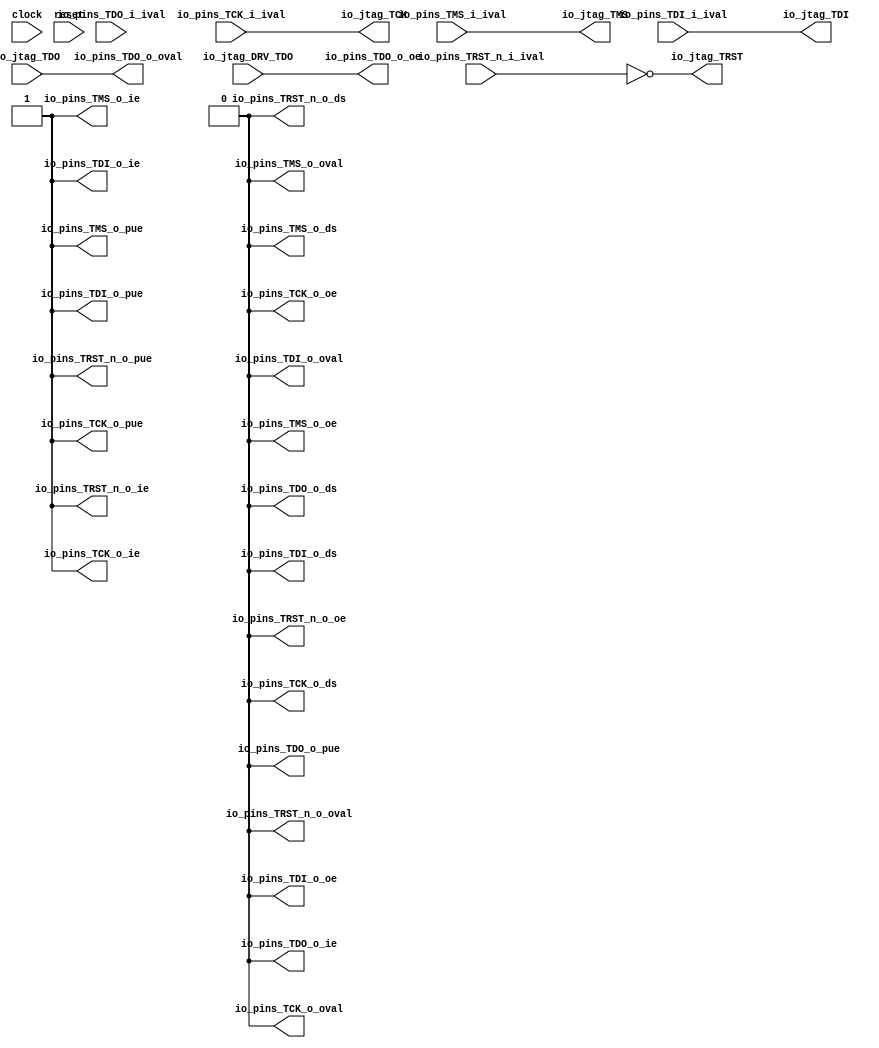
module sirv_jtaggpioport(
  input   clock,
  input   reset,
  output  io_jtag_TCK,
  output  io_jtag_TMS,
  output  io_jtag_TDI,
  input   io_jtag_TDO,
  output  io_jtag_TRST,
  input   io_jtag_DRV_TDO,
  input   io_pins_TCK_i_ival,
  output  io_pins_TCK_o_oval,
  output  io_pins_TCK_o_oe,
  output  io_pins_TCK_o_ie,
  output  io_pins_TCK_o_pue,
  output  io_pins_TCK_o_ds,
  input   io_pins_TMS_i_ival,
  output  io_pins_TMS_o_oval,
  output  io_pins_TMS_o_oe,
  output  io_pins_TMS_o_ie,
  output  io_pins_TMS_o_pue,
  output  io_pins_TMS_o_ds,
  input   io_pins_TDI_i_ival,
  output  io_pins_TDI_o_oval,
  output  io_pins_TDI_o_oe,
  output  io_pins_TDI_o_ie,
  output  io_pins_TDI_o_pue,
  output  io_pins_TDI_o_ds,
  input   io_pins_TDO_i_ival,
  output  io_pins_TDO_o_oval,
  output  io_pins_TDO_o_oe,
  output  io_pins_TDO_o_ie,
  output  io_pins_TDO_o_pue,
  output  io_pins_TDO_o_ds,
  input   io_pins_TRST_n_i_ival,
  output  io_pins_TRST_n_o_oval,
  output  io_pins_TRST_n_o_oe,
  output  io_pins_TRST_n_o_ie,
  output  io_pins_TRST_n_o_pue,
  output  io_pins_TRST_n_o_ds
);
  wire  T_101;
  wire  T_117;
  assign io_jtag_TCK = T_101;
  assign io_jtag_TMS = io_pins_TMS_i_ival;
  assign io_jtag_TDI = io_pins_TDI_i_ival;
  assign io_jtag_TRST = T_117;
  assign io_pins_TCK_o_oval = 1'h0;
  assign io_pins_TCK_o_oe = 1'h0;
  assign io_pins_TCK_o_ie = 1'h1;
  assign io_pins_TCK_o_pue = 1'h1;
  assign io_pins_TCK_o_ds = 1'h0;
  assign io_pins_TMS_o_oval = 1'h0;
  assign io_pins_TMS_o_oe = 1'h0;
  assign io_pins_TMS_o_ie = 1'h1;
  assign io_pins_TMS_o_pue = 1'h1;
  assign io_pins_TMS_o_ds = 1'h0;
  assign io_pins_TDI_o_oval = 1'h0;
  assign io_pins_TDI_o_oe = 1'h0;
  assign io_pins_TDI_o_ie = 1'h1;
  assign io_pins_TDI_o_pue = 1'h1;
  assign io_pins_TDI_o_ds = 1'h0;
  assign io_pins_TDO_o_oval = io_jtag_TDO;
  assign io_pins_TDO_o_oe = io_jtag_DRV_TDO;
  assign io_pins_TDO_o_ie = 1'h0;
  assign io_pins_TDO_o_pue = 1'h0;
  assign io_pins_TDO_o_ds = 1'h0;
  assign io_pins_TRST_n_o_oval = 1'h0;
  assign io_pins_TRST_n_o_oe = 1'h0;
  assign io_pins_TRST_n_o_ie = 1'h1;
  assign io_pins_TRST_n_o_pue = 1'h1;
  assign io_pins_TRST_n_o_ds = 1'h0;
  assign T_101 = $unsigned(io_pins_TCK_i_ival);
  assign T_117 = ~ io_pins_TRST_n_i_ival;
endmodule